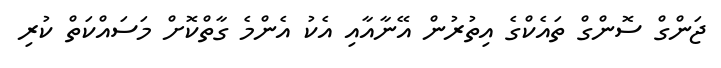
ޖަންގް ސޮންގް ތައެކްގެ އިތުރުން އޭނާއާއި އެކު އެންމެ ގާތްކޮށް މަސައްކަތް ކުރި